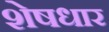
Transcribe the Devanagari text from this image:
शेषधार